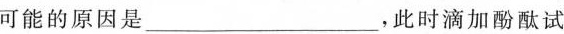
可能的原因是_______________，此时滴加酚酞试